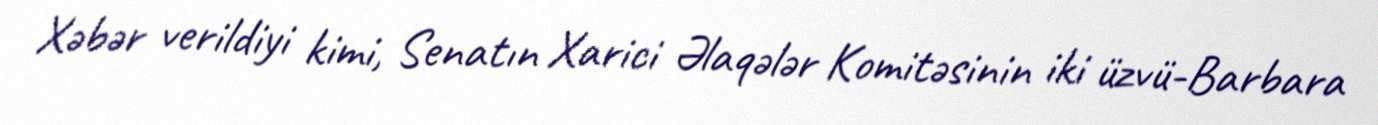
Xəbər verildiyi kimi, Senatın Xarici Əlaqələr Komitəsinin iki üzvü-Barbara